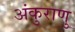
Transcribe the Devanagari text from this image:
अंकुराणु